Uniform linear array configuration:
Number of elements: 24
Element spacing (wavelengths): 0.75
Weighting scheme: uniform
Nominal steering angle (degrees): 15
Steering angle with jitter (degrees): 13.741
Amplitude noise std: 0.05
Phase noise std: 0.05

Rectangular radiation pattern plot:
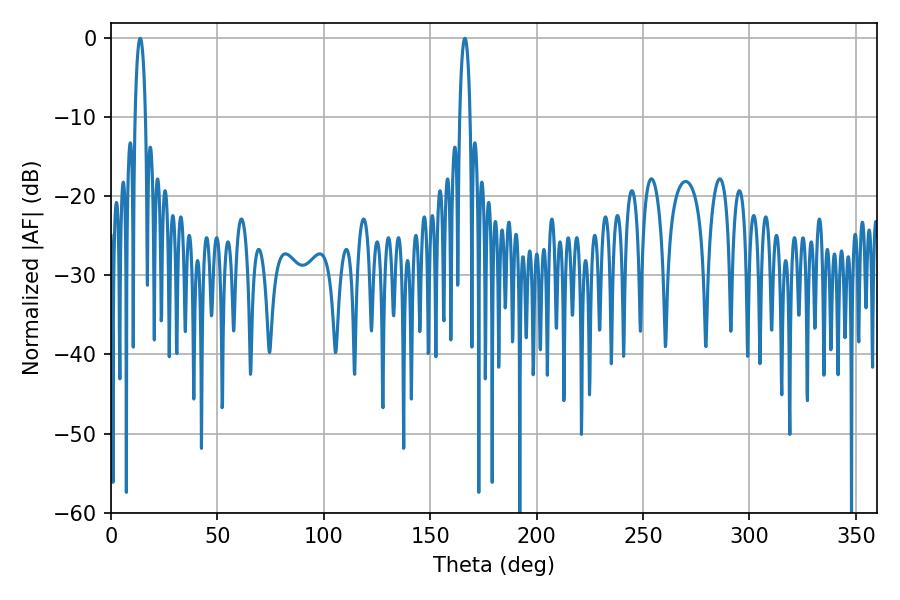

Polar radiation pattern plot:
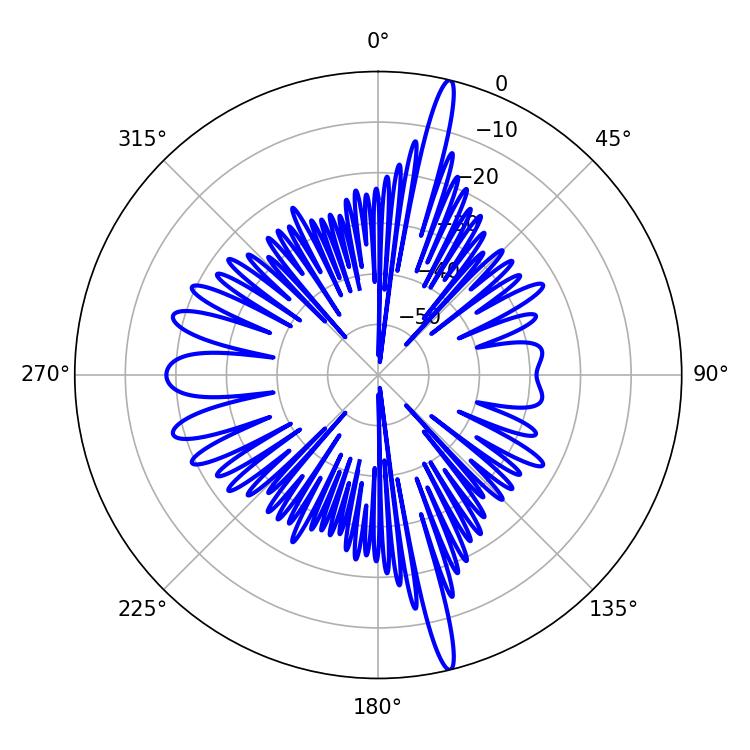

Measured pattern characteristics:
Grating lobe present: TRUE
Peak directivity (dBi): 20.003
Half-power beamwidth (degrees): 2.7
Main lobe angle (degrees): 13.68